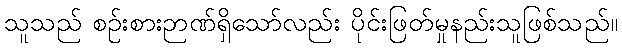
သူသည် စဉ်းစားဉာဏ်ရှိသော်လည်း ပိုင်းဖြတ်မှုနည်းသူဖြစ်သည်။